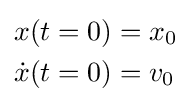
{\begin{aligned}x(t=0)&=x_{0}\\{\dot {x}}(t=0)&=v_{0}\end{aligned}}